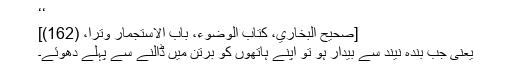
‘‘
[صحیح البخاري، کتاب الوضوء، باب الاستجمار وتراً، (162)]
یعنی جب بندہ نیند سے بیدار ہو تو اپنے ہاتھوں کو برتن میں ڈالنے سے پہلے دھوئے۔